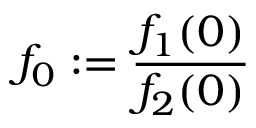
f _ { 0 } : = \frac { f _ { 1 } ( 0 ) } { f _ { 2 } ( 0 ) }